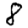
Digit: 8